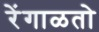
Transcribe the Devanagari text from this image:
रेंगाळतो